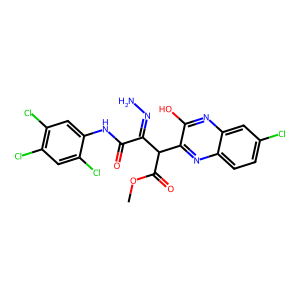
SMILES: COC(=O)C(C(=NN)C(=O)Nc1cc(Cl)c(Cl)cc1Cl)c1nc2ccc(Cl)cc2nc1O
Inhibits HIV replication: No